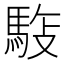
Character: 𩣓